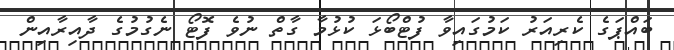
ބައްޕަގެ ކެރިއަރު ކަމުގައިވާ ފުޓްބޯޅަ ކުޅުމާ ގާތް ނުވެ ފޮޓޯ ނެގުމުގެ ދާއިރާއިން